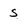
Character: s